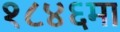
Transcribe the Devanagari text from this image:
१८४६मा